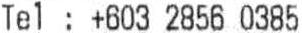
TEL : +603 2856 0385